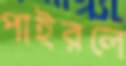
পাইরলে